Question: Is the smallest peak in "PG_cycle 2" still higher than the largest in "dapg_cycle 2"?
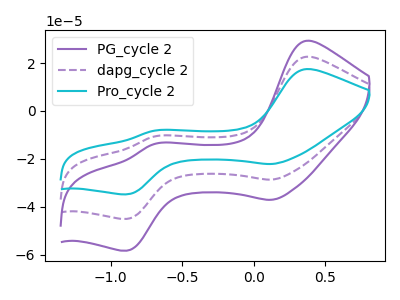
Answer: <think>The purple curve "PG_cycle 2" has anodic peaks at (0.35V, 29.30uA) (-0.70V, -13.75uA) and cathodic peaks at (0.10V, -37.10uA) (-0.90V, -58.35uA). The purple dashed curve "dapg_cycle 2" has anodic peaks at (0.35V, 22.65uA) (-0.70V, -10.65uA) and cathodic peaks at (0.10V, -28.65uA) (-0.90V, -45.05uA). The cyan curve "Pro_cycle 2" has anodic peaks at (0.35V, 45.25uA) (-0.70V, -21.30uA) and cathodic peaks at (0.10V, -57.30uA) (-0.90V, -90.15uA).</think>
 <answer>The peaks in "PG_cycle 2" are neither all higher or all lower than the peaks in "dapg_cycle 2".</answer>
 <eval>mixed</eval>